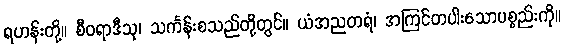
ရဟန်းတို့။ စီဝရာဒီသု၊ သင်္ကန်းစသည်တို့တွင်။ ယံအညတရံ၊ အကြင်တပါးသောပစ္စည်းကို။